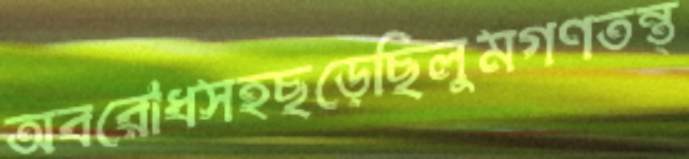
অবরোধসহছড়েছিলুমগণতন্ত্